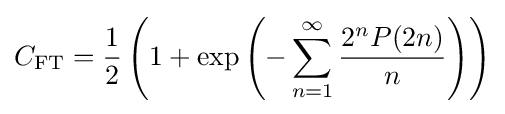
C_{\text{FT}}={1 \over 2}\left(1+\exp \left(-\sum _{n=1}^{\infty }{2^{n}P(2n) \over n}\right)\right)